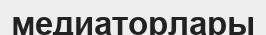
медиаторлары